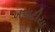
ખપાટીયા